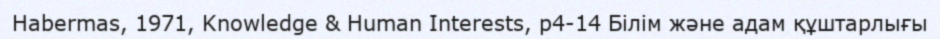
Habermas, 1971, Knowledge & Human Interests, p4-14 Білім және адам құштарлығы